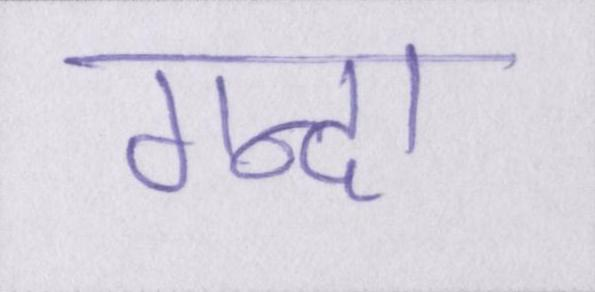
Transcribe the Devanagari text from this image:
गन्दा